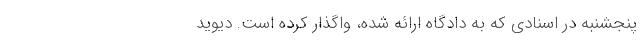
پنجشنبه در اسنادی که به دادگاه ارائه شده، واگذار کرده است. دیوید